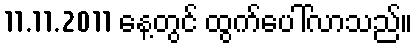
11.11.2011 နေ့တွင် ထွက်ပေါ်လာသည်။